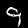
Label: 9